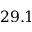
2 9 . 1